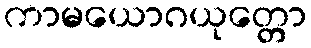
ကာမယောဂယုတ္တော